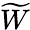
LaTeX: \widetilde{W}